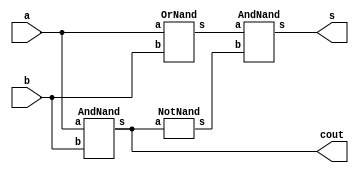
module Exercicio01(cout, s, a, b);
	output cout, s;
	input a, b;
	wire t1, t2;
	AndNand AND1 (cout, a, b);
	OrNand OR1 (t1, a, b);
	NotNand NOT1 (t2, cout);
	AndNand AND2 (s, t1, t2);
endmodule

module AndNand(s, a, b);
	output s;
	input a, b;
	wire t1;
	nand NAND1 (t1, a, b);
	nand NAND2 (s, t1, t1);
endmodule

module OrNand(s, a, b);
	output s;
	input a, b;
	wire t1, t2;
	nand NAND3 (t1, a, a);
	nand NAND4 (t2, b, b);
	nand NAND5 (s, t1, t2);
endmodule

module NotNand(s, a);
	output s;
	input a;
	nand NAND6 (s, a, a);
endmodule

module testeExercicio01;
	reg a, b;
	wire cout, s;

	Exercicio01 HALFADDER(cout, s, a, b);

	initial begin
		a = 0;
		b = 0;
	end

	initial begin

		$display("Exercicio 01 - Douglas Borges - 417889");
		$display("Circuito Meio-Somador com portas NAND\n");

		#1 $display("  a + b = Cout Soma");
		#1 $monitor("  %d   %d    %d    %d", a, b, cout, s);

		#1 a = 0; b = 1;
		#1 a = 1; b = 0;
		#1 a = 1; b = 1;

	end

/*
Exercicio 01 - Douglas Borges - 417889
Circuito Meio-Somador com portas NAND

  a + b = Cout Soma
  0   0    0    0
  0   1    0    1
  1   0    0    1
  1   1    1    0
*/

endmodule